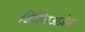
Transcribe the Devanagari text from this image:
डिल्तिअज़ेम